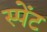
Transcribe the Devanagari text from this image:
स्पेंट